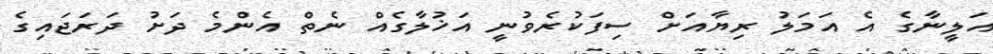
އަލީނާގެ އެ އަމަލު ރިޔާއަށް ސިފަކުރެވުނީ އަޚުލާގެއް ނެތް އެންމެ ދަށު ދަރަޖައިގެ